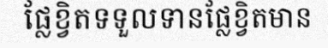
ផ្លែខ្វិតទទួលទានផ្លែខ្វិតមាន